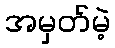
အမှတ်မဲ့